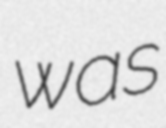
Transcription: was